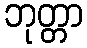
ဘုတ္တာ